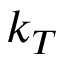
k _ { T }